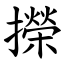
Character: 㩞